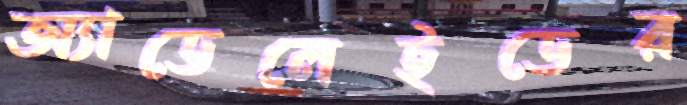
অ্যাডেলেইডের